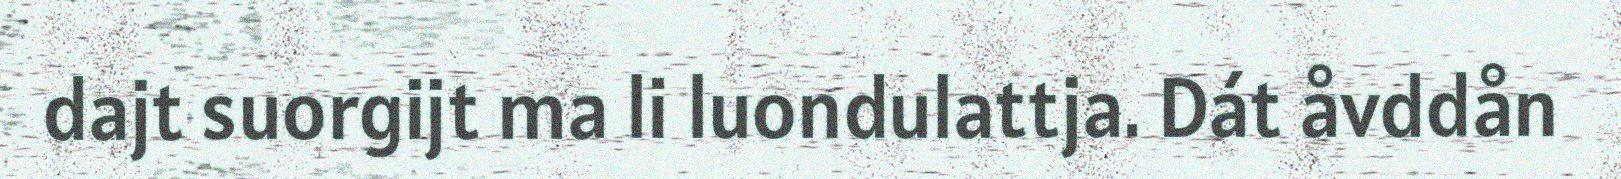
dajt suorgijt ma li luondulattja. Dát åvddån